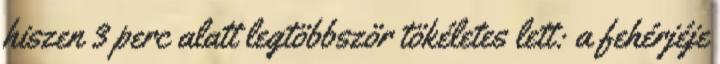
hiszen 3 perc alatt legtöbbször tökéletes lett: a fehérjéje